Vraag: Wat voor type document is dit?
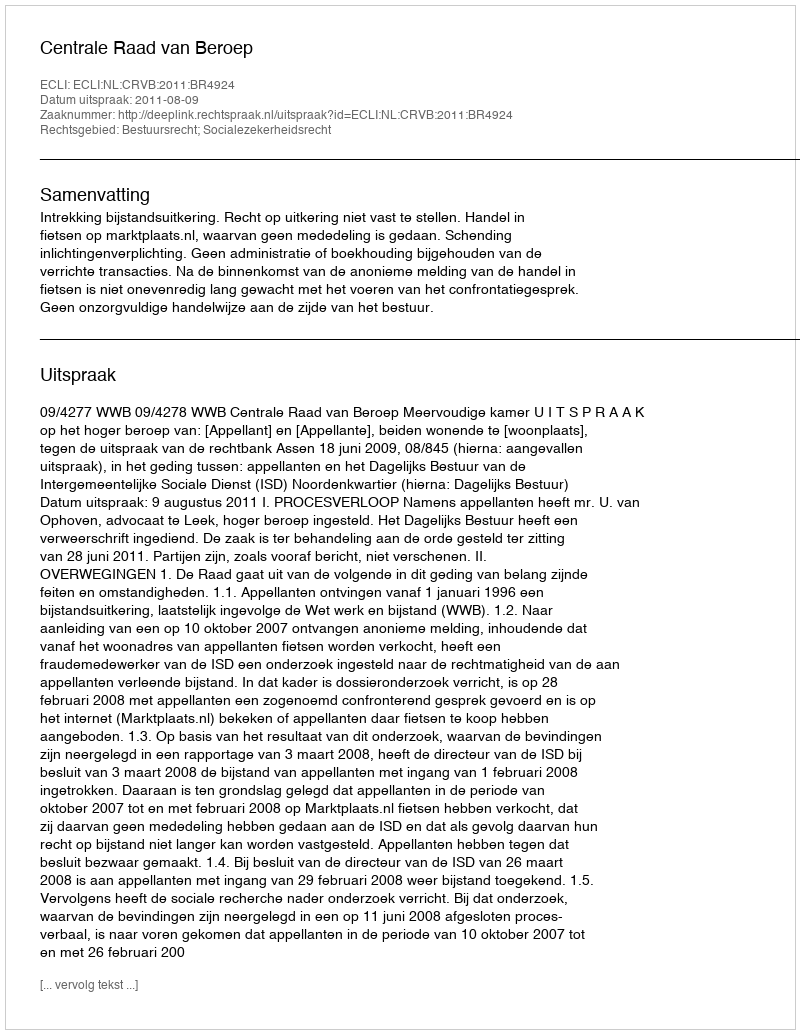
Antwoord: Uitspraak